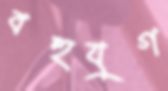
বহুযুগ